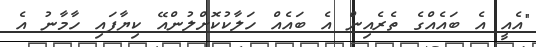
"އެއީ އެ ބައެއްގެ ތެރެއިން އެ ބައެއް ހަލާކުކޮށްލުންއޭ ކިޔާފައި ހާމާނު އެ